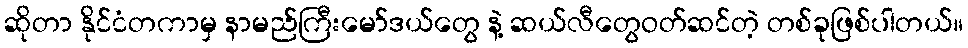
ဆိုတာ နိုင်ငံတကာမှ နာမည်ကြီးမော်ဒယ်တွေ နဲ့ ဆယ်လီတွေဝတ်ဆင်တဲ့ တစ်ခုဖြစ်ပါတယ်။